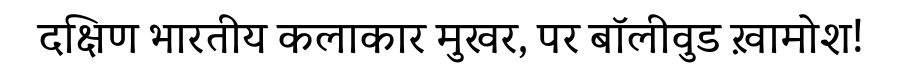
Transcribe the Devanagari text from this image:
दक्षिण भारतीय कलाकार मुखर, पर बॉलीवुड ख़ामोश!